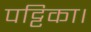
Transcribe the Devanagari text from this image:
पट्टिका।